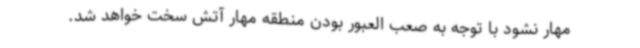
مهار نشود با توجه به صعب العبور بودن منطقه مهار آتش سخت خواهد شد.